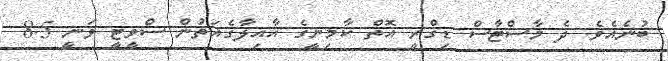
ބުނެއެވެ. ދެ މާސްޓާސް ޑިގްރީ އޮތް ކާމިނީގެ އާއިލާގެއަތުން ސްވީޓީ ވަނީ 8.5